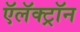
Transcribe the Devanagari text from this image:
ऍलॅक्ट्रॉन